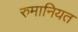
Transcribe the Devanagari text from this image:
रुमानियत